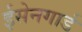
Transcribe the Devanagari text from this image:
ईसेनगार्ड